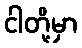
ငါတို့မှာ